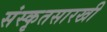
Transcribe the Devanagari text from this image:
संस्कृतसारखी